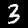
Digit: 3